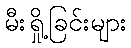
မီးရှို့ခြင်းများ